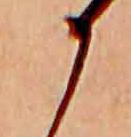
か